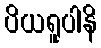
ပိယရူပါနိ